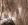
أين